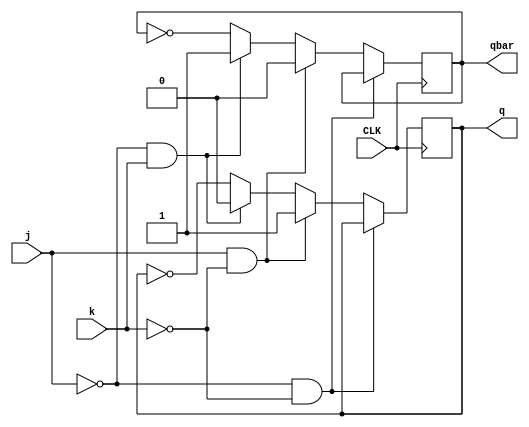
// BITS ID: 2020B3A70785P
// Name: Anish Ashish Kasegaonkar

module JK(q, qbar, j, k, CLK);
	output reg q, qbar;
	input j, k, CLK;
	
	// Initialised as such, so that the counter starts from 0 at the first clock edge
	// Using behavioural modelling
	initial begin
		q <= 1'b1;
		qbar <= 1'b0;
	end
	always @(negedge CLK) begin
		if(j == 0 && k == 0) begin
			q <= q;
			qbar <= qbar;
		end
		else if(j == 1 && k == 0) begin
			q <= 1'b1;
			qbar <= 1'b0;
		end
		else if(j == 0 && k == 1) begin
			q <= 1'b0;
			qbar <= 1'b1;
		end
		else begin
			q <= ~q;
			qbar <= ~qbar;
		end
	end
endmodule

module BCD_Counter(Q_out, CLK);
	output [3:0] Q_out;
	input CLK;
	
	wire [3:0] Q_bar;
	wire q1q2;
	
	// Using gate-level modelling
	and a0(q1q2, Q_out[1], Q_out[2]);
	JK j0(Q_out[0], Q_bar[0], 1'b1, 1'b1, CLK);
	JK j1(Q_out[1], Q_bar[1], Q_bar[3], 1'b1, Q_out[0]);
	JK j2(Q_out[2], Q_bar[2], 1'b1, 1'b1, Q_out[1]);
	JK j3(Q_out[3], Q_bar[3], q1q2, 1'b1, Q_out[0]);
endmodule

module MEM_16(D_16, A_4);
	output reg [15:0] D_16;
	input [3:0] A_4;
	
	// Using behavioural modelling
	always@(*) begin
		case(A_4)
			4'b0000: D_16 = 16'h0001;
			4'b0001: D_16 = 16'h0002;
			4'b0010: D_16 = 16'h0004;
			4'b0011: D_16 = 16'h0008;
			4'b0100: D_16 = 16'h0010;
			4'b0101: D_16 = 16'h0020;
			4'b0110: D_16 = 16'h0000;
			4'b0111: D_16 = 16'h0000;
			4'b1000: D_16 = 16'h0000;
			4'b1001: D_16 = 16'h0000;
			4'b1010: D_16 = 16'h0400;
			4'b1011: D_16 = 16'h0800;
			4'b1100: D_16 = 16'h1000;
			4'b1101: D_16 = 16'h0000;
			4'b1110: D_16 = 16'h0000;
			4'b1111: D_16 = 16'h0000;
		endcase
	end
endmodule

module MUX_16(O, I_16, S_4);
	output reg O;
	input [15:0] I_16;
	input [3:0] S_4;
	
	// assign O = I_16[S_4]; -> Can be used for simplicity, after assigning O as a wire instead of reg
	
	// Using behavioural modelling
	always @(*) begin
		case(S_4)
			4'b0000: O = I_16[0];
			4'b0001: O = I_16[1];
			4'b0010: O = I_16[2];
			4'b0011: O = I_16[3];
			4'b0100: O = I_16[4];
			4'b0101: O = I_16[5];
			4'b0110: O = I_16[6];
			4'b0111: O = I_16[7];
			4'b1000: O = I_16[8];
			4'b1001: O = I_16[9];
			4'b1010: O = I_16[10];
			4'b1011: O = I_16[11];
			4'b1100: O = I_16[12];
			4'b1101: O = I_16[13];
			4'b1110: O = I_16[14];
			4'b1111: O = I_16[15];
		endcase
	end
endmodule

module INTG(OUT, CLK);
	output OUT;
	input CLK;
	
	wire [3:0] Q_out;
	wire [15:0] D_16;
	
	BCD_Counter b(Q_out, CLK);
	MEM_16 m(D_16, Q_out);
	MUX_16 mx(OUT, D_16, Q_out);
endmodule

module TESTBENCH;
	reg CLK;
	wire OUT;
	
	INTG i(OUT, CLK);
	
	initial begin
		$dumpfile("t.vcd");
		$dumpvars;
	end
	
	initial begin
		CLK = 1'b1;
		repeat(1000)
			#1 CLK = ~CLK;
	end
	
	initial begin
		$monitor($time, " OUT = %b, CLK = %b", OUT, CLK);
		// The output is 1 for first 6 clock negedges (1->0 of clock), and is 0 for the next 4 clock edges
		#100 $finish;
	end
endmodule